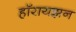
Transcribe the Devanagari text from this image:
हॉरायझन